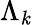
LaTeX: \Lambda_{\mathit{k}}